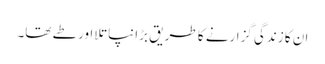
ان کا زندگی گزارنے کا طریق بڑا نپاتلا اور طے تھا۔